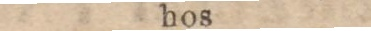
os